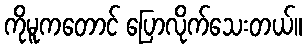
ကိုမူကတောင် ပြောလိုက်သေးတယ်။